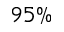
9 5 \%